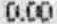
0.00